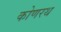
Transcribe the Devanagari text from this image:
कोणरथ